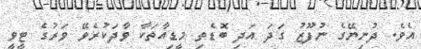
އެވެ. ދުނިޔޭގެ ނުފޫޒު ގަދަ އަދި ބޮޑެތި މީޑިއާތަކާ ވާދަކުރެވޭ ވަރުގެ ޓީވީ